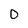
Character: 0